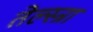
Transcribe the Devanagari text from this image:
तेल्स्त्रा